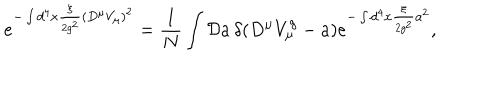
e ^ { - \int d ^ { 4 } x \frac { \xi } { 2 g ^ { 2 } } ( D ^ { \mu } V _ { \mu } ) ^ { 2 } } = \frac { 1 } { N } \int { \cal D } a \, \delta ( D ^ { \mu } V _ { \mu } ^ { g } - a ) e ^ { - \int d ^ { 4 } x \frac { \xi } { 2 g ^ { 2 } } a ^ { 2 } } ,